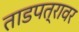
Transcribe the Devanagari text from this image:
ताडपत्रावर